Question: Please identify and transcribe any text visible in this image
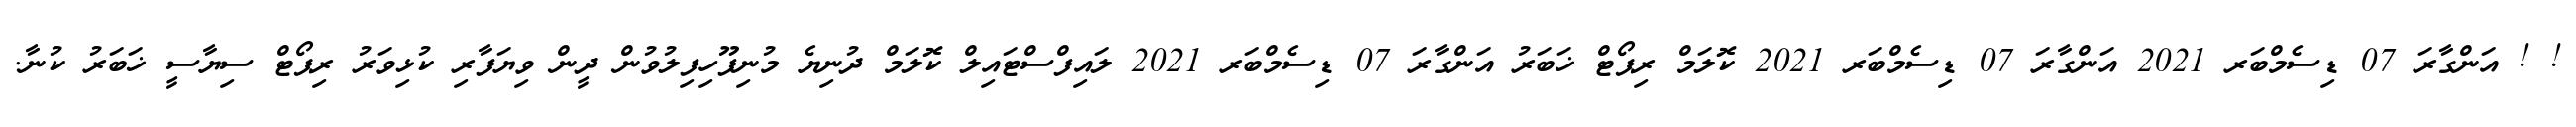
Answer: ! ! އަންގާރަ 07 ޑިސެމްބަރ 2021 އަންގާރަ 07 ޑިސެމްބަރ 2021 ކޮލަމް ރިޕޯޓް ޚަބަރު އަންގާރަ 07 ޑިސެމްބަރ 2021 ލައިފްސްޓައިލް ކޮލަމް ދުނިޔެ މުނިފޫހިފިލުވުން ދީން ވިޔަފާރި ކުޅިވަރު ރިޕޯޓް ސިޔާސީ ޚަބަރު ކުނާ.